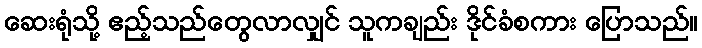
ဆေးရုံသို့ ဧည့်သည်တွေလာလျှင် သူကချည်း ဒိုင်ခံစကား ပြောသည်။